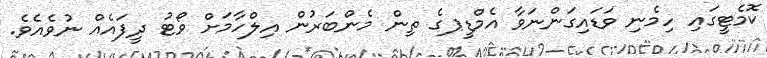
ކޮމެޓީގައި ހިމެނި ވަޑައިގަންނަވާ އެމްޑީޕގެ ތިން މެންބަރުން އިލްހާމަށް ވޯޓު ދީފައެއް ނުވެއެވެ.